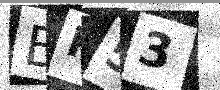
Text: BP53